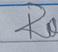
Signature authenticity: forged